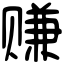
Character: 赚